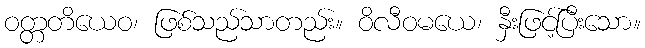
ဝတ္တတိယေဝ၊ ဖြစ်သည်သာတည်း။ ဝိလီဝမယေ၊ နှီးဖြင့်ပြီးသော။